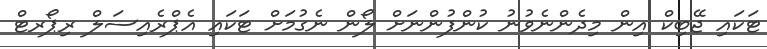
ޓަކައި ޖޭބިކް އިން މިދެންނެވުނު ކުންފުންނަށް ލޯން ނެގުމަށް ޓަކައި އެޕްރެއިސަލް ރިޕޯރޓް